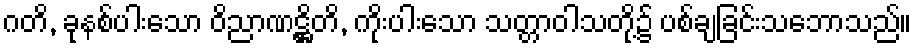
ဂတိ, ခုနစ်ပါးသော ဝိညာဏဋ္ဌိတိ, ကိုးပါးသော သတ္တာဝါသတို့၌ ပစ်ချခြင်းသဘောသည်။